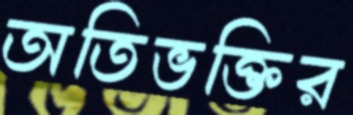
অতিভক্তির